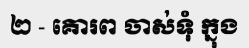
២ - គោរព ចាស់ទុំ ក្នុង